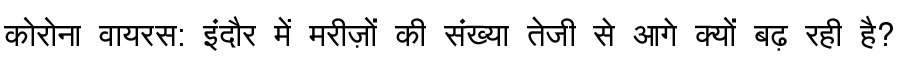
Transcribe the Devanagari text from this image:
कोरोना वायरस: इंदौर में मरीज़ों की संख्या तेजी से आगे क्यों बढ़ रही है?